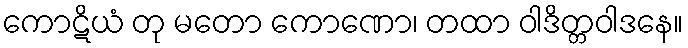
ကောဋိယံ တု မတော ကောဏော၊ တထာ ဝါဒိတ္တဝါဒနေ။